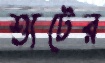
শ্যুটের